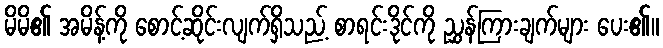
မိမိ၏ အမိန့်ကို စောင့်ဆိုင်းလျက်ရှိသည့် စာရင်းဒိုင်ကို ညွှန်ကြားချက်များ ပေး၏။